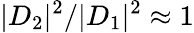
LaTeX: |D_{2}|^{2}/|D_{1}|^{2}\approx 1